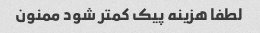
لطفا هزینه پیک کمتر شود ممنون